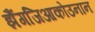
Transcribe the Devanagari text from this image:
झैंगजिआकोउनान